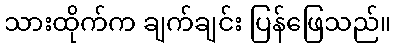
သားထိုက်က ချက်ချင်း ပြန်ဖြေသည်။